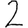
Digit: 2